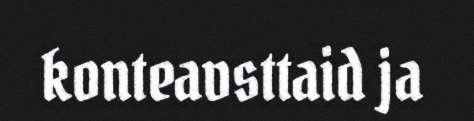
konteavsttaid ja